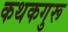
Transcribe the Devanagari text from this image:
कथकगुरू